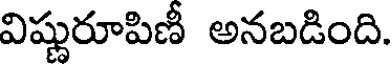
విష్ణురూపిణీ అనబడింది.